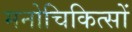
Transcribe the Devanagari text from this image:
मनोचिकित्सों